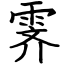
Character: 霁